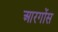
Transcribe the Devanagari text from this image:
आरगोंस